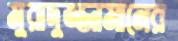
মুরাদুজ্জামানের